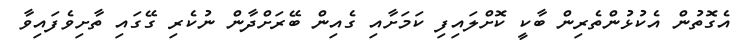
އެގޮތުން އެކުޅުންތެރިން ބާކީ ކޮށްލައިފި ކަމަށާއި ގެއިން ބޭރަށްދާން ނުކެރި ގޭގައި ތާށިވެފައިވާ